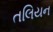
તલિયન